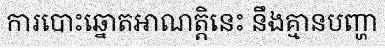
ការបោះឆ្នោតអាណត្តិនេះ នឹងគ្មានបញ្ហា